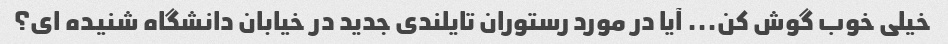
خیلی خوب گوش کن... آیا در مورد رستوران تایلندی جدید در خیابان دانشگاه شنیده ای؟